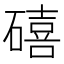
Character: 礂